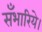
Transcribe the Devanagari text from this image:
सँभारिये।